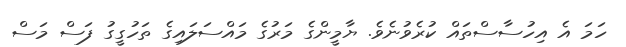
ހަމަ އެ އިހުސާސްތައް ކުރެވުނެވެ. ޔާމީންގެ މަރުގެ މައްސަލައިގެ ތަހުގީގު ފަސް މަސް